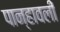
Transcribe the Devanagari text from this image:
पान्हावली